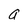
Character: a